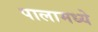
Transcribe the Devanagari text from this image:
पालामध्ये